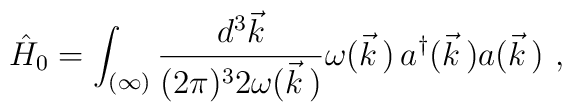
\hat{H}_0=\int_{(\infty)}\frac{d^3\vec{k}}{(2\pi)^32\omega(\vec{k}\,)}\omega(\vec{k}\,)\,a^\dagger(\vec{k}\,)a(\vec{k}\,)\ ,